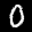
Label: 0